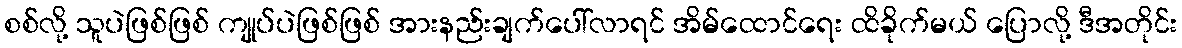
စစ်လို့ သူပဲဖြစ်ဖြစ် ကျုပ်ပဲဖြစ်ဖြစ် အားနည်းချက်ပေါ်လာရင် အိမ်ထောင်ရေး ထိခိုက်မယ် ပြောလို့ ဒီအတိုင်း